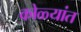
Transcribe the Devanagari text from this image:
कोळ्यांत